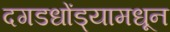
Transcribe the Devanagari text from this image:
दगडधोंड्यामधून